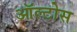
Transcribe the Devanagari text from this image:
ऑल्टोस